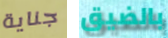
جناية بالضيق